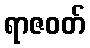
ရာဇဝတ်